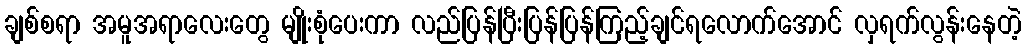
ချစ်စရာ အမူအရာလေးတွေ မျိုးစုံပေးကာ လည်ပြန်ပြီးပြန်ပြန်ကြည့်ချင်ရလောက်အောင် လှရက်လွန်းနေတဲ့